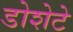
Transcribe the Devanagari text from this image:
डोशेटे